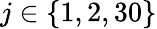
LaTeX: j\in\{ 1,2,30\}